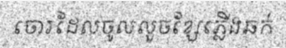
ចោរដែលចូលលួចខ្សែភ្លើងឆក់